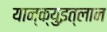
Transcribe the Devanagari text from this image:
यान्क्युइत्लान